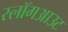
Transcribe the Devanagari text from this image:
स्लॉगआउट